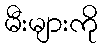
မီးများကို